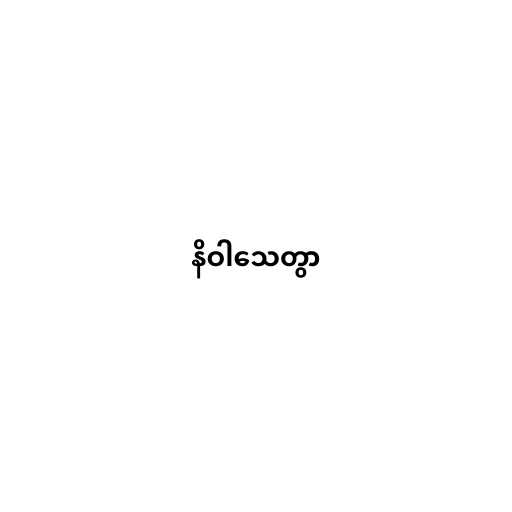
နိဝါသေတွာ